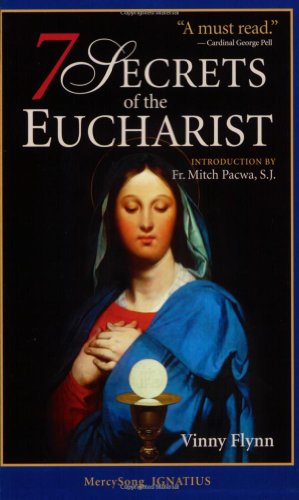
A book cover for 7 Secrets of the Eucharist; Vinny Flynn; Religion & Spirituality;